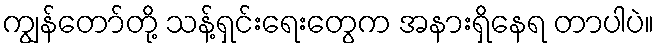
ကျွန်တော်တို့ သန့်ရှင်းရေးတွေက အနားရှိနေရ တာပါပဲ။